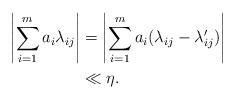
LaTeX: \begin{align*}\left\vert\sum\limits_{i=1}^m a_i\lambda_{ij}\right\vert & = \left\vert\sum\limits_{i=1}^m a_i(\lambda_{ij} - \lambda^\prime_{ij})\right\vert \\&\ll \eta.\end{align*}